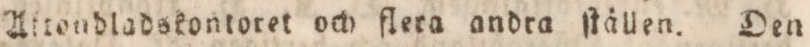
Attondladskontoret och flera andra ſtällen. Den